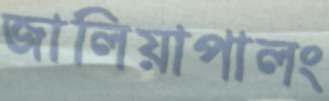
জালিয়াপালং